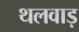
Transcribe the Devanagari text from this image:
थलवाड़